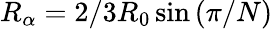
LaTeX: R_{\alpha}=2/3R_{0}\sin{(\pi/N)}